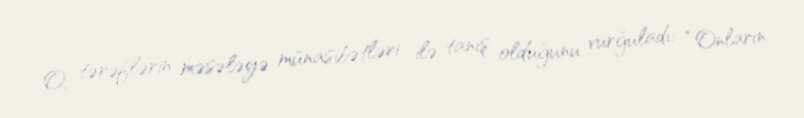
O, tərəflərin məsələyə münasibətləri ilə tanış olduğunu vurğuladı: “Onların